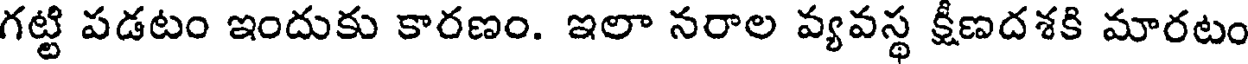
గట్టి పడటం ఇందుకు కారణం. ఇలా నరాల వ్యవస్థ క్షీణదశకి మారటం